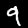
Label: 9